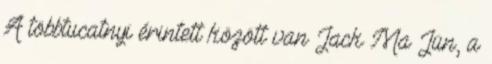
A többtucatnyi érintett között van Jack Ma Jün, a